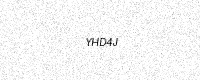
Text: YHD4J